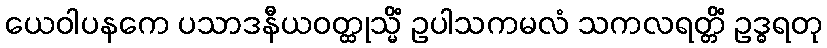
ယေဝါပနကေ ပသာဒနီယဝတ္ထုသ္မိံ ဥပါသကမလံ သကလရတ္တိံ ဥဒ္ဓရတု